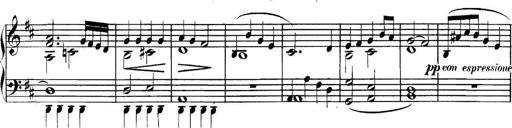
Title: Collected Piano Sonatas
Composer: Muzio Clementi